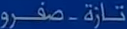
تاراة-صفرو